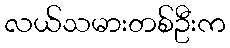
လယ်သမားတစ်ဦးက